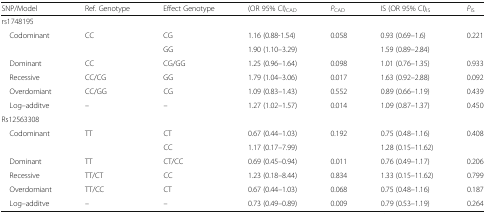
<table><thead><tr><td><b>SNP/Model</b></td><td><b>Ref. Genotype</b></td><td><b>Effect Genotype</b></td><td><b>(OR 95% CI)<sub>CAD</sub></b></td><td><b><i>P</i><sub>CAD</sub></b></td><td><b>IS (OR 95% CI)<sub>IS</sub></b></td><td><b><i>P</i><sub>IS</sub></b></td></tr></thead><tbody><tr><td colspan="7">rs1748195</td></tr><tr><td> Codominant</td><td>CC</td><td>CG</td><td>1.16 (0.88-1.54)</td><td>0.058</td><td>0.93 (0.69–1.6)</td><td>0.221</td></tr><tr><td></td><td></td><td>GG</td><td>1.90 (1.10–3.29)</td><td></td><td>1.59 (0.89–2.84)</td><td></td></tr><tr><td> Dominant</td><td>CC</td><td>CG/GG</td><td>1.25 (0.96–1.64)</td><td>0.098</td><td>1.01 (0.76–1.35)</td><td>0.933</td></tr><tr><td> Recessive</td><td>CC/CG</td><td>GG</td><td>1.79 (1.04–3.06)</td><td>0.017</td><td>1.63 (0.92–2.88)</td><td>0.092</td></tr><tr><td> Overdomiant</td><td>CC/GG</td><td>CG</td><td>1.09 (0.83–1.43)</td><td>0.552</td><td>0.89 (0.66–1.19)</td><td>0.439</td></tr><tr><td> Log–additve</td><td>–</td><td>–</td><td>1.27 (1.02–1.57)</td><td>0.014</td><td>1.09 (0.87–1.37)</td><td>0.450</td></tr><tr><td colspan="7">Rs12563308</td></tr><tr><td> Codominant</td><td>TT</td><td>CT</td><td>0.67 (0.44–1.03)</td><td>0.192</td><td>0.75 (0.48–1.16)</td><td>0.408</td></tr><tr><td></td><td></td><td>CC</td><td>1.17 (0.17–7.99)</td><td></td><td>1.28 (0.15–11.62)</td><td></td></tr><tr><td> Dominant</td><td>TT</td><td>CT/CC</td><td>0.69 (0.45–0.94)</td><td>0.011</td><td>0.76 (0.49–1.17)</td><td>0.206</td></tr><tr><td> Recessive</td><td>TT/CT</td><td>CC</td><td>1.23 (0.18–8.44)</td><td>0.834</td><td>1.33 (0.15–11.62)</td><td>0.799</td></tr><tr><td> Overdomiant</td><td>TT/CC</td><td>CT</td><td>0.67 (0.44–1.03)</td><td>0.068</td><td>0.75 (0.48–1.16)</td><td>0.187</td></tr><tr><td> Log–additve</td><td>–</td><td>–</td><td>0.73 (0.49–0.89)</td><td>0.009</td><td>0.79 (0.53–1.19)</td><td>0.264</td></tr></tbody></table>